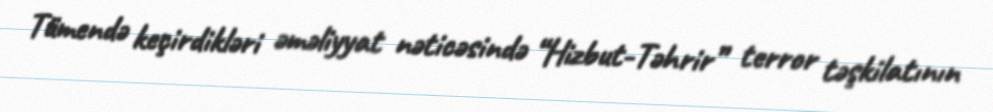
Tümendə keçirdikləri əməliyyat nəticəsində “Hizbut-Təhrir” terror təşkilatının